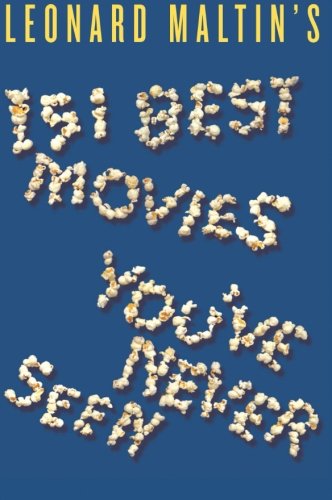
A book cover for Leonard Maltin's 151 Best Movies You've Never Seen; Leonard Maltin; Humor & Entertainment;